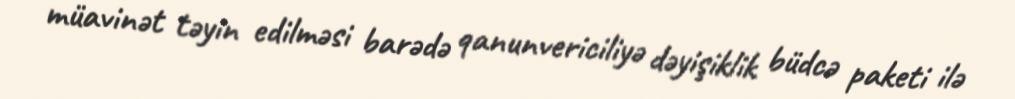
müavinət təyin edilməsi barədə qanunvericiliyə dəyişiklik büdcə paketi ilə